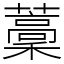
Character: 藳